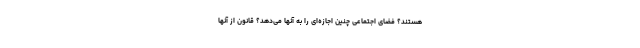
هستند؟ فضای اجتماعی چنین اجازه‌ای را به آنها می‌دهد؟ قانون از آنها